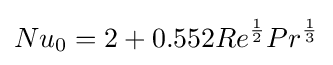
Nu_{0}=2+0.552Re^{\frac {1}{2}}Pr^{\frac {1}{3}}